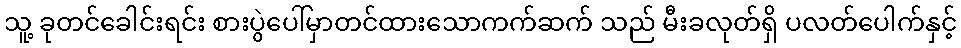
သူ့ ခုတင်ခေါင်းရင်း စားပွဲပေါ်မှာတင်ထားသောကက်ဆက် သည် မီးခလုတ်ရှိ ပလတ်ပေါက်နှင့်